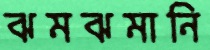
ঝমঝমানি